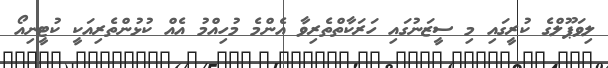
ލިވަޕޫލްގެ ކުރީގައި މި ސީޒަނުގައި ހަރަކާތްތެރިވާ އެންމެ މުހިއްމު އެއް ކުޅުންތެރިއަކީ ކުޓީނިއޯ